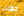
حفلتنا